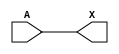
module sky130_fd_sc_lp__clkdlybuf4s18_6 (
    X,
    A
);
    output X;
    input  A;
    wire buf0_out_X;
    buf buf0 (buf0_out_X, A              );
    buf buf1 (X         , buf0_out_X     );
endmodule